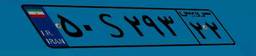
۹۳S۴۶۹۴۵